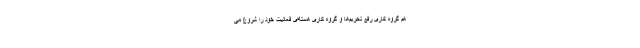
هم گروه کاری رفع تحریم‌ها و گروه کاری هسته‌ای فعالیت خود را شروع می